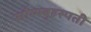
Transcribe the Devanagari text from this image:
सौम्यबृहस्पती